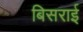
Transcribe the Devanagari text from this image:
बिसराई